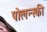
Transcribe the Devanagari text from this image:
पोलन्स्की